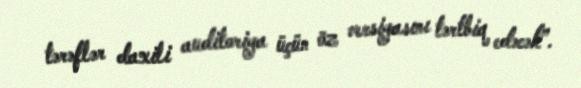
tərəflər daxili auditoriya üçün öz versiyasını tərtbiq edəcək”.